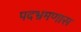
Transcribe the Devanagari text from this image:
पदभ्रमणास